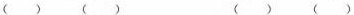
( ) ( ) ( ) ( )